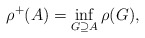
\begin{align*}\rho^{+}(A) = \inf_{G \supseteq A} \rho(G),\end{align*}